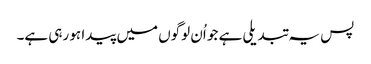
پس یہ تبدیلی ہے جو اُن لوگوں میں پیدا ہو رہی ہے۔